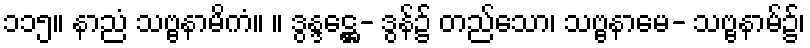
၁၁၅။ နာညံ သဗ္ဗနာမိကံ။ ။ ဒွန္ဒဋ္ဌေ- ဒွန်၌ တည်သော၊ သဗ္ဗနာမေ- သဗ္ဗနာမ်၌၊